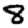
Digit: 8